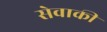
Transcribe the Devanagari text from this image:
सेवाकी